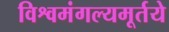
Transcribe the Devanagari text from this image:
विश्वमंगल्यमूर्तये